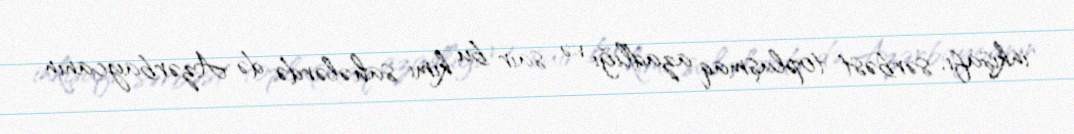
inkişafı, sərbəst toplaşmaq azadlığı və sair bu kimi sahələrdə də Azərbaycanın